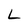
Character: L